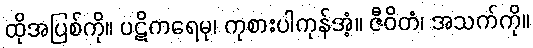
ထိုအပြစ်ကို။ ပဋိကရေမု၊ ကုစားပါကုန်အံ့။ ဇီဝိတံ၊ အသက်ကို။